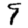
Digit: 9